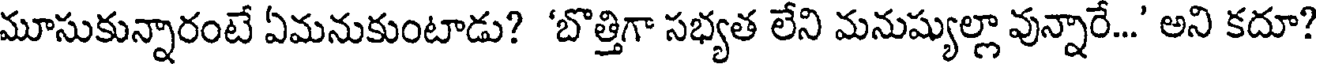
మూసుకున్నారంటే ఏమనుకుంటాడు? 'బొత్తిగా సభ్యత లేని మనుష్యుల్లా వున్నారే...' అని కదూ?